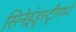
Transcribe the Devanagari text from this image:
सिनेइंड्रस्ट्रीमध्ये